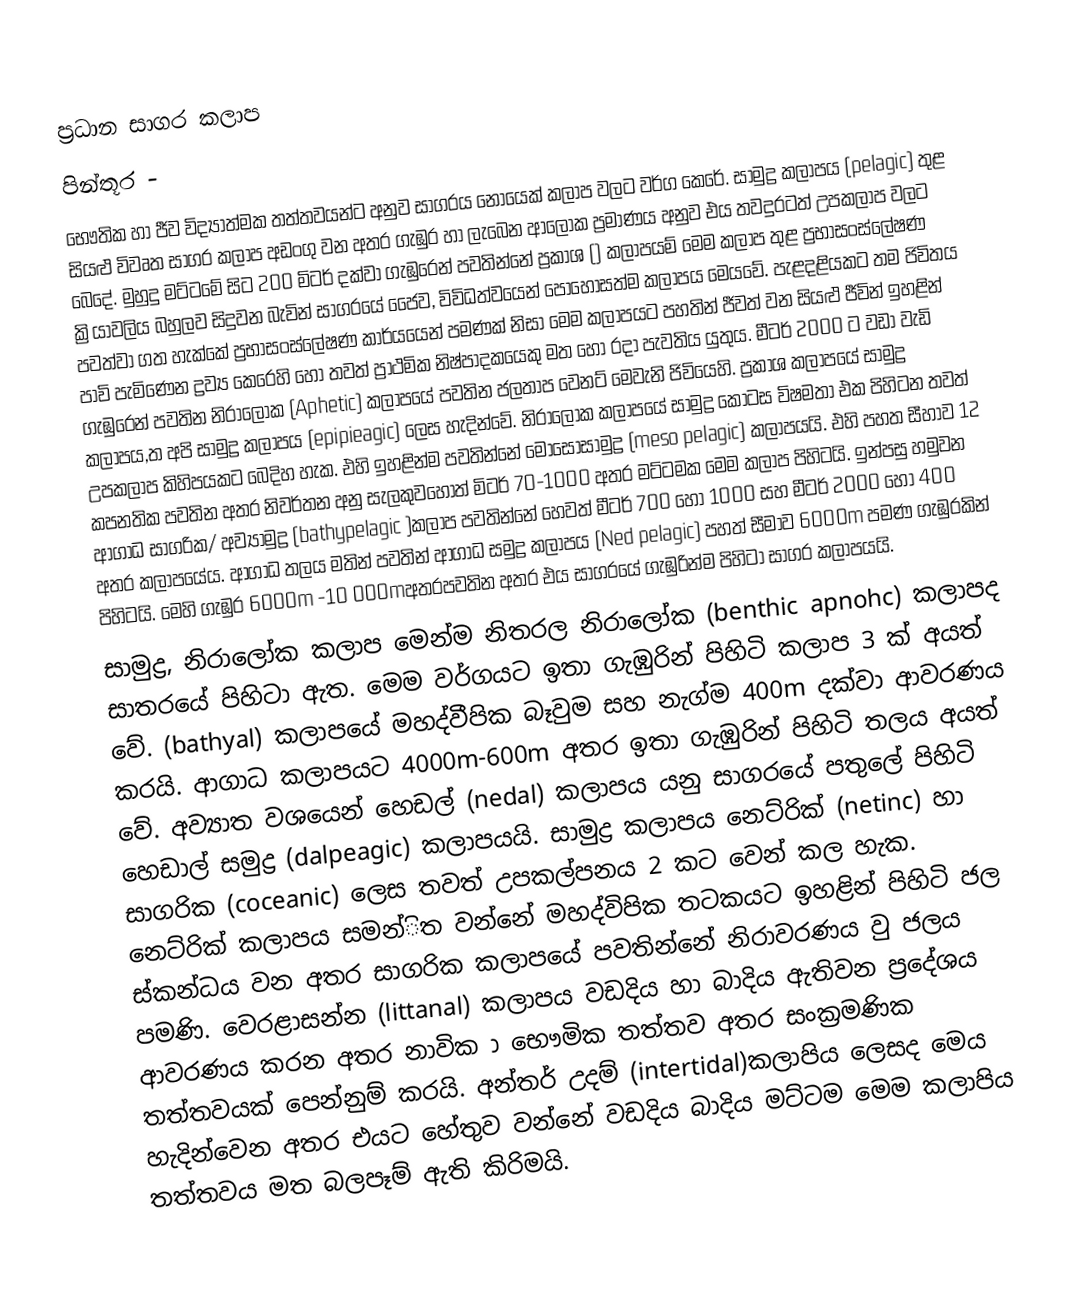
ප්‍රධාන සාගර කලාප
පින්තූර -
භෞතික හා ජීව විද්‍යාත්මක තත්තවයන්ට අනුව සාගරය නොයෙක් කලාප වලට වර්ග කෙරේ. සාමුද්‍ර කලාපය (pelagic) තුළ සියළු විවෘත සාගර කලාප අඩංගු වන අතර ගැඹුර හා ලැබෙන ආලෝක ප්‍රමාණය අනුව එය තවදුරටත් උපකලාප වලට බෙදේ. මුහුදු මට්ටමේ සිට 200 මිටර් දක්වා ගැඹුරෙන් පවතින්නේ ප්‍රකාශ () කලාපයම් මෙම කලාප තුළ ප්‍රභාසංස්ලේෂණ ක්‍රියාවලිය බහුලව සිදුවන බැවින් සාගරයේ ජෛව, විවිධත්වයෙන් පොහොසත්ම කලාපය මෙයවේ. පැළදළියකට තම ජිවිතය පවත්වා ගත හැක්කේ ප්‍රභාසංස්ලේෂණ කාර්යයෙන් පමණක් නිසා මෙම කලාපයට පහතින් ජීවත් වන සියළු ජීවින් ඉහළින් පාවි පැමිණෙන ද්‍රව්‍ය කෙරෙහි හෝ තවත් ප්‍රාථමික නිෂ්පාදකයෙකු මත හෝ රදා පැවතිය යුතුය. මීටර් 2000 ට වඩා වැඩි ගැඹුරෙන් පවතින නිරාලෝක (Aphetic) කලාපයේ පවතින ජලතාප වෙනට් මෙවැනි ජිවියෙහි. ප්‍රකාශ කලාපයේ සාමුද්‍ර කලාපය,ත අපි සාමුද්‍ර කලාපය (epipieagic) ලෙස හැදින්වේ. නිරාලෝක කලාපයේ සාමුද්‍ර කොටස විෂමතා එක පිහිටන තවත් උපකලාප කිහිපයකට බෙදිහ හැක. එහි ඉහළින්ම පවතින්නේ මොසෝසාමුද්‍ර (meso pelagic) කලාපයයි. එහි පහත සීහාව 12 කපනතික පවතින අතර නිවර්තන අනු සැලකුවහොත් මිටර් 70-1000 අතර මට්ටමක මෙම කලාප පිහිටයි. ඉන්පසු හමුවන ආගාධ සාගරික/ අව්‍යාමුද්‍ර (bathypelagic )කලාප පවතින්නේ  හෙවත් මීටර් 700 හෝ 1000 සහ මීටර් 2000 හෝ 400 අතර කලාපයේය. ආගාධ තලය මතින් පවතින් ආගාධ සමුද්‍ර කලාපය (Ned pelagic) පහත් සීමාව 6000m පමණ ගැඹුරකින් පිහි‍ටයි. මෙහි ගැඹුර 6000m -10 000mඅතරපවතින අතර එය සාගරයේ ගැඹුරින්ම පිහිටා සාගර කලාපයයි.
සාමුද්‍ර, නිරා‍ලෝක කලාප මෙන්ම නිතරල නිරාලෝක (benthic apnohc) කලාපද සාතරයේ පිහිටා ඇත. මෙම වර්ගයට ඉතා ගැඹුරින් පිහිටි කලාප 3 ක් අයත් වේ. (bathyal) කලාපයේ මහද්වීපික බෑවුම සහ නැග්ම 400m දක්වා ආවරණය කරයි. ආගාධ කලාපයට 4000m-600m අතර ඉතා ගැඹුරින් පිහිටි තලය අයත් වේ. අව්‍යාත වශයෙන් හෙඩල් (nedal) කලාපය යනු සාගරයේ පතුලේ පිහිටි හෙඩාල් සමුද්‍ර (dalpeagic) කලාපයයි. සාමුද්‍ර කලාපය නෙට්රික් (netinc) හා සාගරික (coceanic) ලෙස තවත් උපකල්පනය 2 කට වෙන් කල හැක. නෙට්රික් කලාපය සමන්ිත වන්නේ මහද්විපික තටකයට ඉහළින් පිහිටි ජල ස්කන්ධය වන අතර සාගරික කලාපයේ පවතින්නේ නිරාවරණය වු ජලය පමණි. වෙරළාසන්න (littanal) කලාපය වඩදිය හා බාදිය ඇතිවන ප්‍රදේශය ආවරණය කරන අතර නාවික ා භෞමික තත්තව අතර සංක්‍රමණික තත්තවයක් පෙන්නුම් කරයි. අන්තර් උදම් (intertidal)කලාපිය ලෙසද මෙය හැදින්වෙන අතර එයට හේතුව වන්නේ වඩදිය බාදිය මට්ටම මෙම කලාපිය තත්තවය මත බලපෑම් ඇති කිරිමයි.